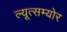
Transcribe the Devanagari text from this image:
ल्यूत्सम्योर